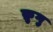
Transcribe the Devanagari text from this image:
क्रुगु